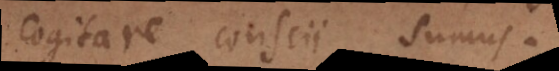
cogitare conscii sumus.